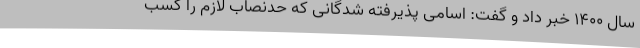
سال ۱۴۰۰ خبر داد و گفت: اسامی پذیرفته شدگانی که حدنصاب لازم را کسب